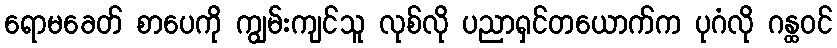
ရောမခေတ် စာပေကို ကျွမ်းကျင်သူ လုစ်လို ပညာရှင်တယောက်က ပုဂံလို ဂန္ထဝင်